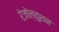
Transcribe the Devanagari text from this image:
रेजोल्युशन